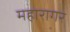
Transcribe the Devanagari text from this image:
महारागर